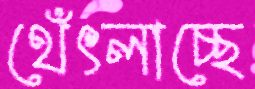
থেঁৎলাচ্ছে